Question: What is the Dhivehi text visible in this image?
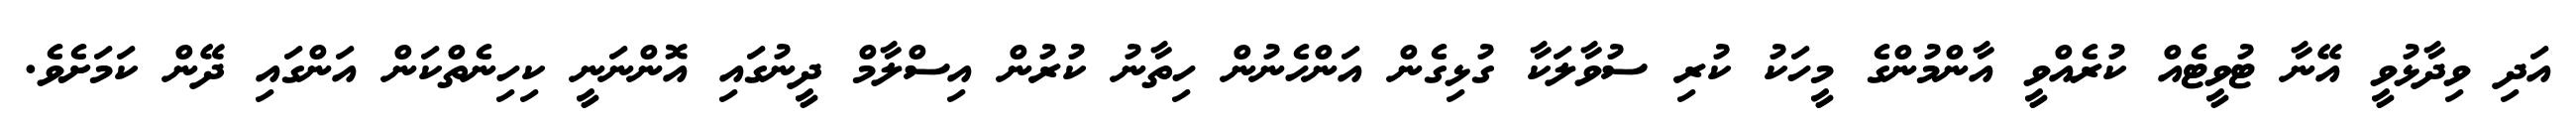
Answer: އަދި ވިދާޅުވީ އޭނާ ޓުވީޓެއް ކުރެއްވީ އާންމުންގެ މީހަކު ކުރި ސުވާލަކާ ގުޅިގެން އަންހެނުން ހިތާނު ކުރުން އިސްލާމް ދީނުގައި އޮންނަނީ ކިހިނެތްކަން އަންގައި ދޭން ކަމަށެވެ.